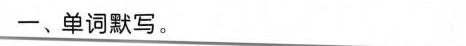
一、单词默写。